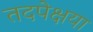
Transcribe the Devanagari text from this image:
तदपेक्षया